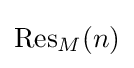
\operatorname {Res} _{M}(n)